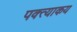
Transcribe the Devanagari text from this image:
पक्त्याकय